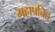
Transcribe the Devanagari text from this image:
महापतित